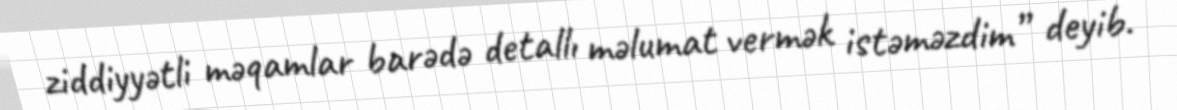
ziddiyyətli məqamlar barədə detallı məlumat vermək istəməzdim” deyib.